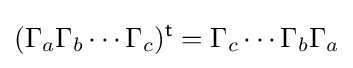
(\Gamma _{a}\Gamma _{b}\cdots \Gamma _{c})^{\textsf {t}}=\Gamma _{c}\cdots \Gamma _{b}\Gamma _{a}